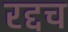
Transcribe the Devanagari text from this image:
रद्दच